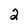
Character: 2